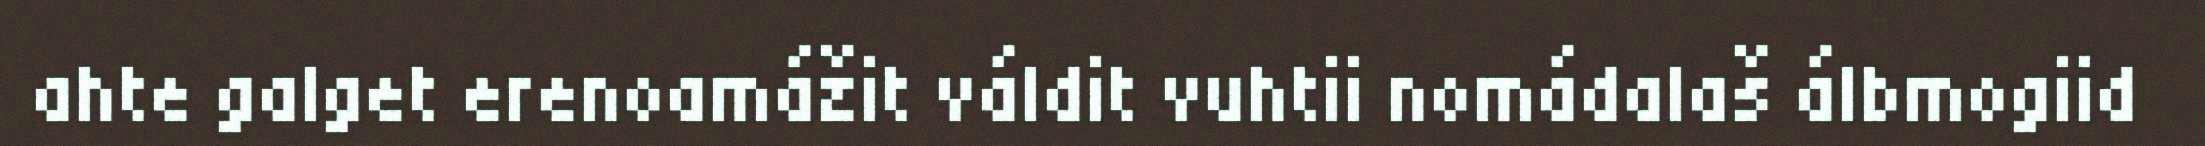
ahte galget erenoamážit váldit vuhtii nomádalaš álbmogiid